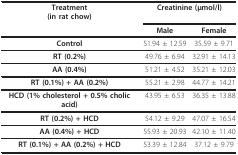
| Treatment(in rat chow) | <COLSPAN=2> Creatinine (μmol/l) |
 |  | Male | Female |
 | --- | --- | --- |
 | Control | 51.94 ± 12.59 | 35.59 ± 9.71 |
 | RT (0.2%) | 49.76 ± 6.94 | 32.91 ± 14.13 |
 | AA (0.4%) | 51.21 ± 4.52 | 35.21 ± 12.03 |
 | RT (0.1%) + AA (0.2%) | 55.21 ± 2.98 | 44.77 ± 14.21 |
 | HCD (1% cholesterol + 0.5% cholic acid) | 43.95 ± 6.53 | 36.35 ± 13.88 |
 | RT (0.2%) + HCD | 54.12 ± 9.29 | 47.07 ± 16.54 |
 | AA (0.4%) + HCD | 55.93 ± 20.93 | 42.10 ± 11.40 |
 | RT (0.1%) + AA (0.2%) + HCD | 53.39 ± 12.84 | 37.12 ± 9.79 |